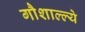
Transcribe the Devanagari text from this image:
गौशाल्ल्ये